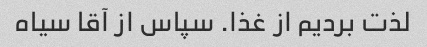
لذت بردیم از غذا. سپاس از آقا سیاه